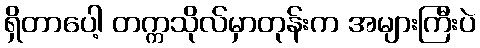
ရှိတာပေါ့ တက္ကသိုလ်မှာတုန်းက အများကြီးပဲ